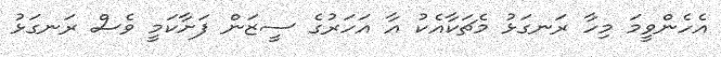
އެހެންވީމަ މިހާ ރަނގަޅު މެޗަކާއެކު އާ އަހަރުގެ ސީޒަން ފަށާކަމީ ވެސް ރަނގަޅު